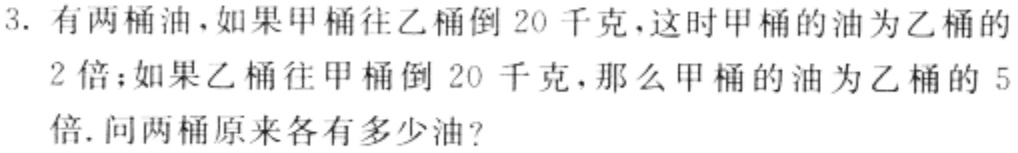
3. 有两桶油，如果甲桶往乙桶倒 20 千克，这时甲桶的油为乙桶的
2倍；如果乙桶往甲桶倒 20 千克，那么甲桶的油为乙桶的 5
倍. 问两桶原来各有多少油？